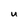
Character: u